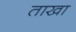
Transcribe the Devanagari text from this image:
ताखा